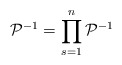
\begin{align*}{{\cal P}}^{-1} = \prod\limits_{s=1}^n {{\cal P}}^{-1}\end{align*}